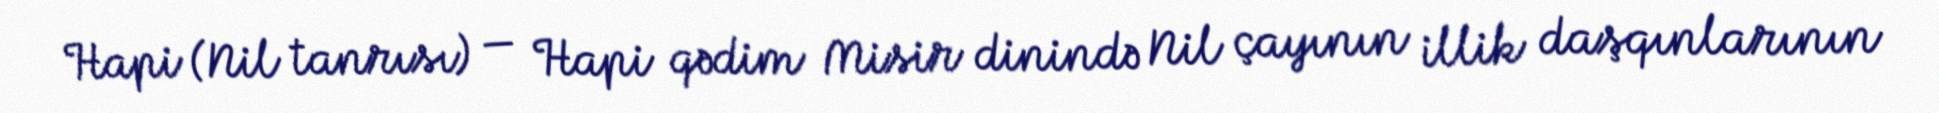
Hapi (Nil tanrısı) — Hapi qədim Misir dinində Nil çayının illik daşqınlarının